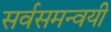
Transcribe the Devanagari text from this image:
सर्वसमन्‍वयी